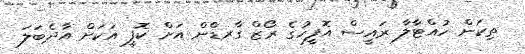
ތިކަން ހުއްޓާލާ ރައީސް އޮފީހުގެ ރޯޒް ގާރޑްން އަށް ކޮފީ އަކަށް އާދެބަލަ